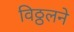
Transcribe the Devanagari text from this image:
विठ्ठलने